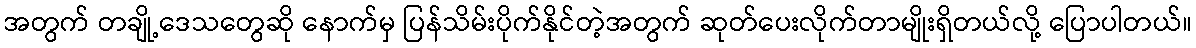
အတွက် တချို့ဒေသတွေဆို နောက်မှ ပြန်သိမ်းပိုက်နိုင်တဲ့အတွက် ဆုတ်ပေးလိုက်တာမျိုးရှိတယ်လို့ ပြောပါတယ်။